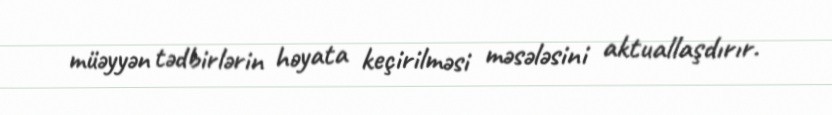
müəyyən tədbirlərin həyata keçirilməsi məsələsini aktuallaşdırır.